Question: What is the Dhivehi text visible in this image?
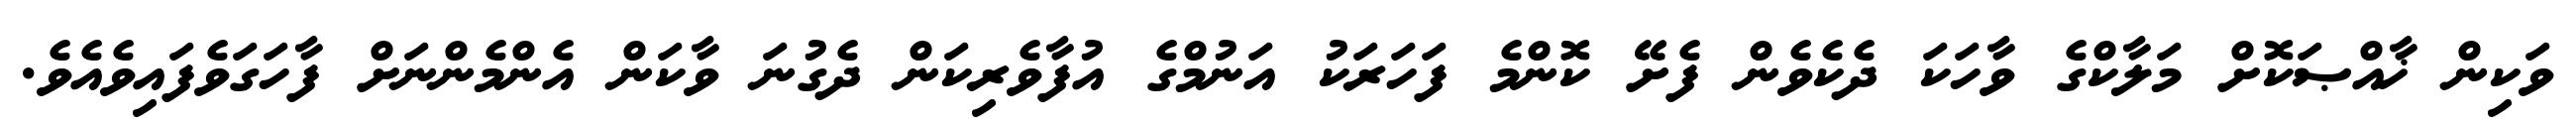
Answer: ވަކިން ޚާއްޞަކޮށް މަލާކްގެ ވާހަކަ ދެކެވެން ފެށޭ ކޮންމެ ފަހަރަކު އަނުމްގެ އުފާވެރިކަން ދެގުނަ ވާކަން އެންމެންނަށް ފާހަގަވެފައިވެއެވެ.